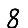
Digit: 8